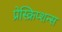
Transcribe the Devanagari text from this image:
प्रेस्क्रिप्शन्स